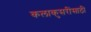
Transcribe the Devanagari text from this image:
कलाकुसरींसाठी